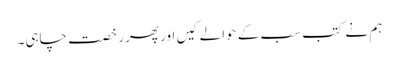
ہم نے کتب سب کے حوالے کیں اور پھر رخصت چاہی۔